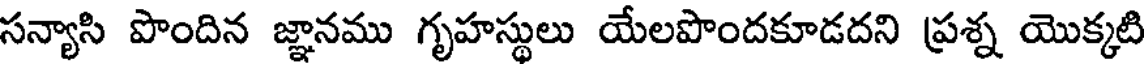
సన్యాసి పొందిన జ్ఞానము గృహస్థులు యేలపొందకూడదని ప్రశ్న యొక్కటి